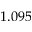
1 . 0 9 5